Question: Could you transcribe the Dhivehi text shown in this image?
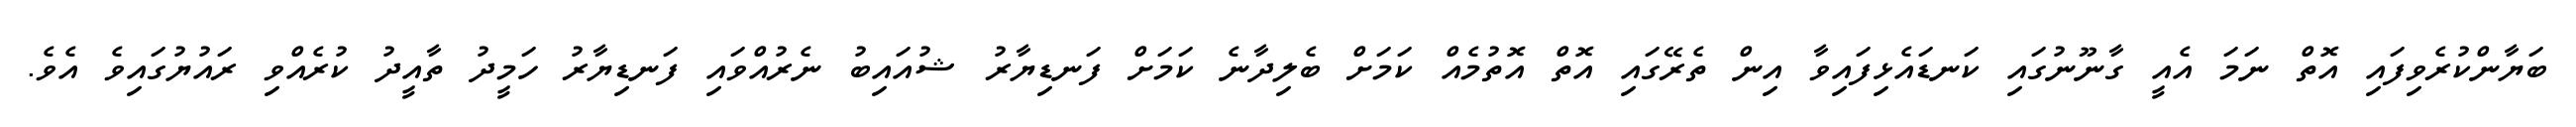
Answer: ބަޔާންކުރެވިފައި އޮތް ނަމަ އެއީ ގާނޫނުގައި ކަނޑައެޅިފައިވާ އިން ތެރޭގައި އޮތް އޮތުމެއް ކަމަށް ބެލިދާނެ ކަމަށް ފަނޑިޔާރު ޝުއައިބު ނެރުއްވައި ފަނޑިޔާރު ހަމީދު ތާއީދު ކުރެއްވި ރައުޔުގައިވެ އެވެ.